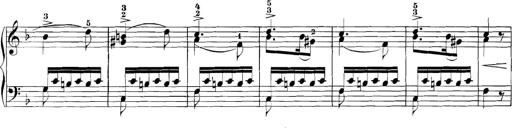
Title: 3 Sonatinas
Composer: Carl Reinecke